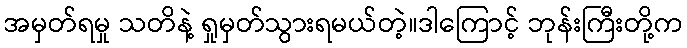
အမှတ်ရမှု သတိနဲ့ ရှုမှတ်သွားရမယ်တဲ့။ဒါကြောင့် ဘုန်းကြီးတို့က